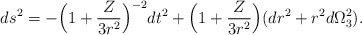
\begin{align*}ds^2=-\Big(1+{Z\over 3r^2}\Big)^{-2}dt^2+\Big(1+{Z\over 3r^2}\Big)(dr^2+r^2d\Omega_3^2).\end{align*}